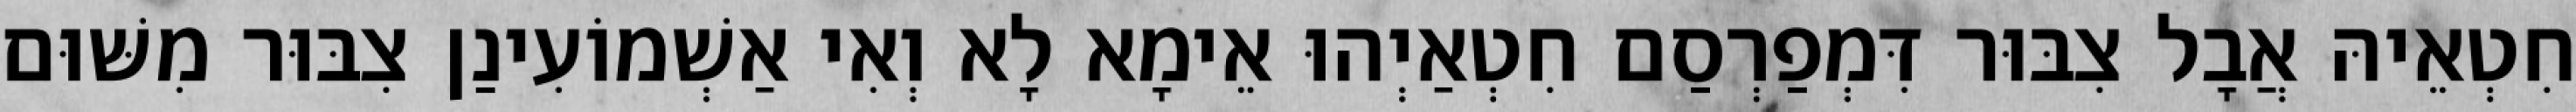
חִטְאֵיהּ אֲבָל צִבּוּר דִּמְפַרְסַם חִטְאַיְהוּ אֵימָא לָא וְאִי אַשְׁמוֹעִינַן צִבּוּר מִשּׁוּם